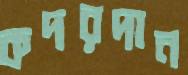
কদরদান